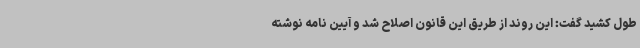
طول کشید گفت: این روند از طریق این قانون اصلاح شد و آیین نامه نوشته